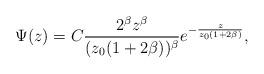
LaTeX: \begin{align*}\Psi(z)=C\frac{2^\beta z^\beta}{(z_0(1+2\beta))^\beta}e^{-\frac{z}{z_0 (1+2\beta)}},\end{align*}